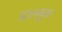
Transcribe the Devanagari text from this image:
ढालयुक्त